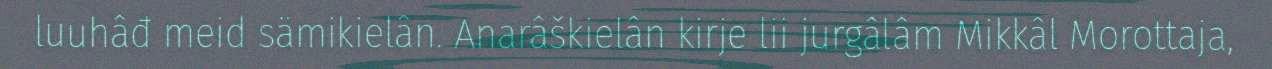
luuhâđ meid sämikielân. Anarâškielân kirje lii jurgâlâm Mikkâl Morottaja,